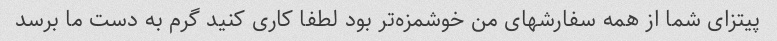
پیتزای شما از همه سفارشهای من خوشمزه‌تر بود لطفا کاری کنید گرم به دست ما برسد